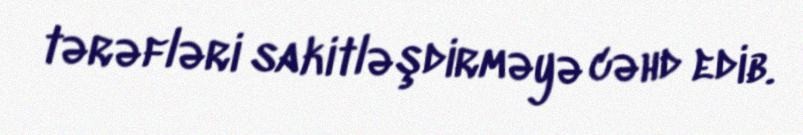
tərəfləri sakitləşdirməyə cəhd edib.